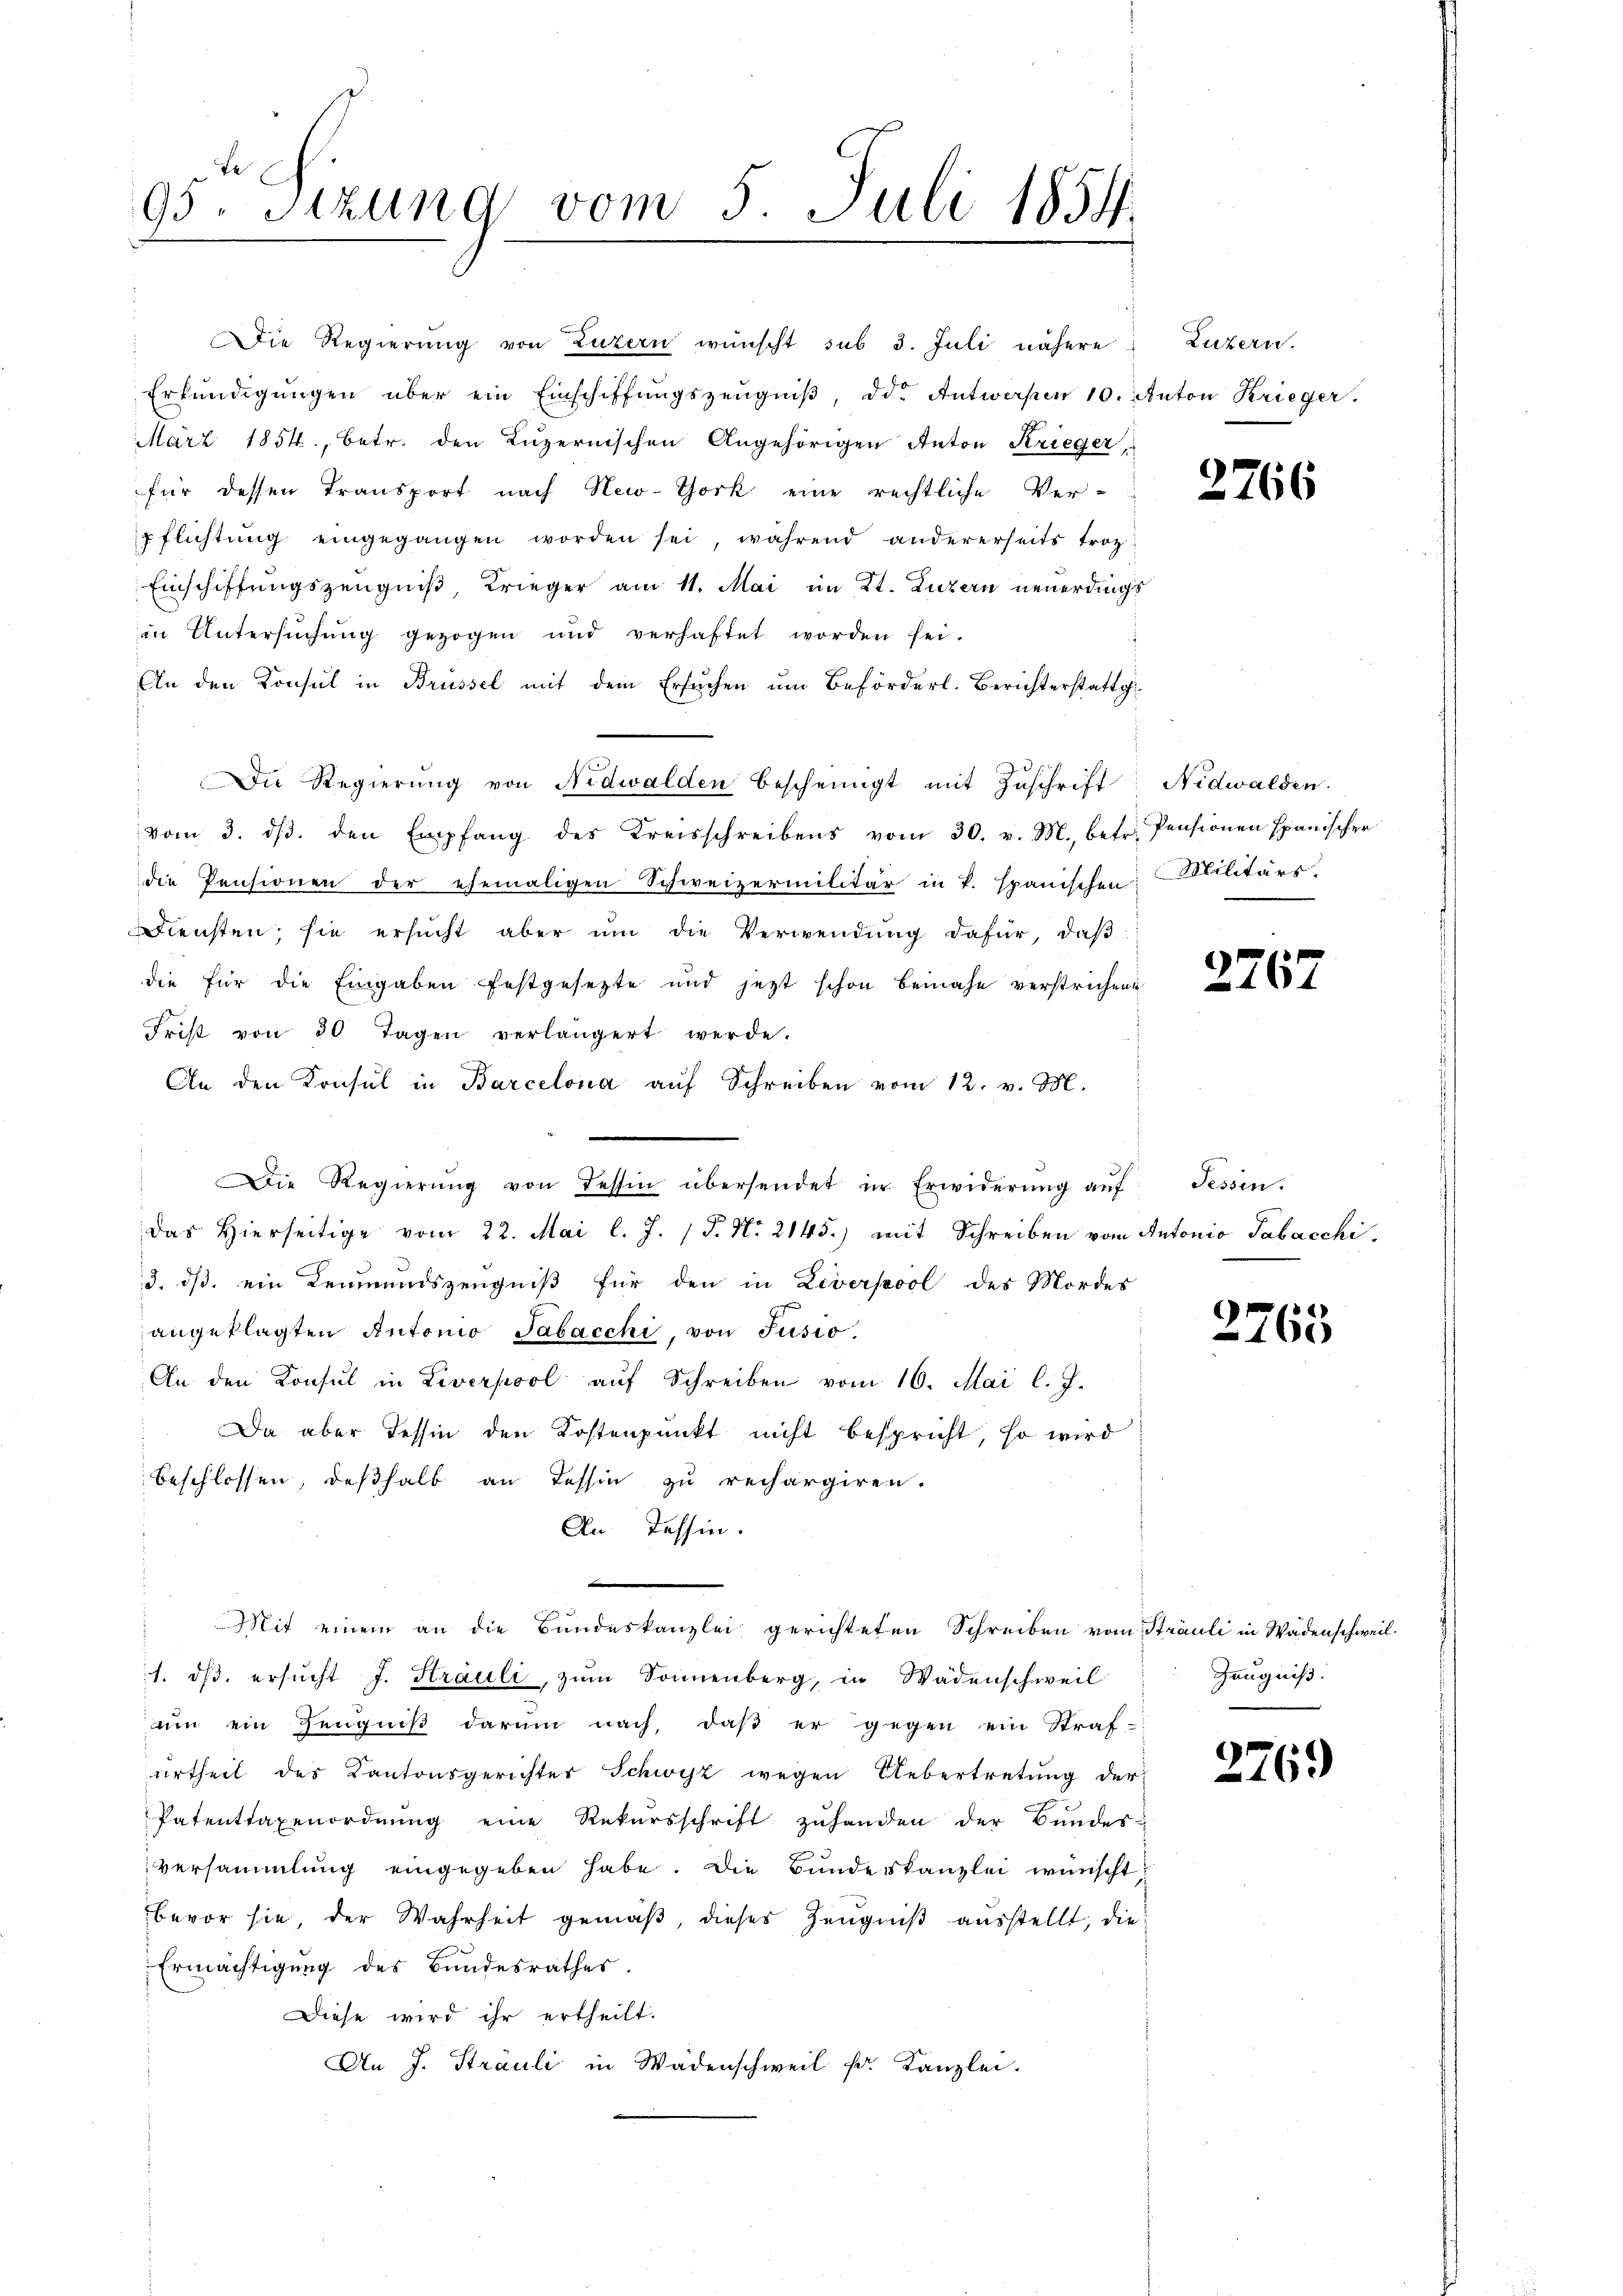
Le
95. Sitzung vom 5. Juli 1851.

Die Regierung von Luzern wünscht sub 3. Juli nähere Luzern.
Erkŭndigŭngen über ein Einschiffŭngszeŭgniβ, die Antwerpen 10. Anton Krieger.
März 1854, betr. den Luzernischen Angehörigen Anton Krieger,
für dessen Transport nach New-York eine rechtliche Ver-
pflichtung eingegangen worden sei, während andererseits trotz
Einschiffungszeugniß, Krieger am 11. Mai im Kt. Luzern neuerdings
in Untersuchung gezogen und verhaftet worden sei.
An den Konsul in Brüssel mit dem Ersuchen um Beförderl. Berichterstattg

"Die Regierŭng von Nidwalden bescheinigt mit Zŭschrift Nidwalden
vom 3. dβ. den Empfang des Kreisschreibens vom 30. v. M., betr. Pensionen spanischer
die Pensionen der ehemaligen Schweizermilitär in P. Spanischen Militärs.
Diensten, sie ersucht aber ŭm die Verwendung dafür, daß
die für die Eingaben festgesezte und jetzt schon beinahe verstrichene
Frist von 30 Tagen verlängert werde.
An den Konsul in Barcelona auf Schreiben vom 12. v. M.
Das Hierseitige vom 22. Mai l. J. J. No. 2145.) mit Schreiben vom Antonio Sabacchi
3. ds. ein Leumundszeugniß für den in Liverpool des Mordes
angeklagten Antonio Tabacchi, von Jusio.
An den Konsul in Liverpool aŭf Schreiben vom 16. Mai l. J.
Da aber Tessin den Kostenpunkt nicht bespricht, so wird
beschlossen, deßhalb an Tessin zu rechargiren.
An Tessin.
s
Mit einem an die Bundeskanzlei gerichteten Schreiben vom Sträuli in Wädenschweil.
1. ds. ersucht J. Strauli, zum Sonnenberg, in Wädenschweil
ŭm ein Zeŭgniβ darum nach, daβ er gegen ein Straf-
urtheil des Kantonsgerichter Schwyz wegen Uebertretung der
Patenttaxenordnŭng eine Rekŭrsschrift zŭhanden der Bunder-
versammlung eingegeben habe. Die Bundeskanzlei wünscht,
bevor sie, der Wahrheit gemäß, dieses Zeugniß ausstellt, die
Ermächtigung des Bundesrathes.
Diese wird ihr ertheilt.
An J. Sträuli in Wädenschweil Fr. Kanzlei.

Die Regierŭng von dessin übersendet er Erwiderŭng aŭf Fessen.

2766

2267

2765

Zeugniß.

276.